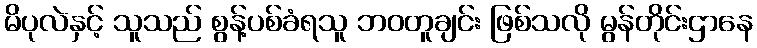
မိပုလဲနှင့် သူသည် စွန့်ပစ်ခံရသူ ဘဝတူချင်း ဖြစ်သလို မွန်တိုင်းဌာနေ